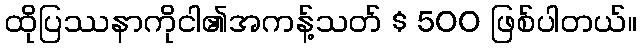
ထိုပြဿနာကိုငါ၏အကန့်သတ် $ 500 ဖြစ်ပါတယ်။